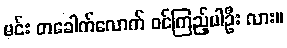
မင်း တခေါက်လောက် ဝင်ကြည့်ပါဦး လား။